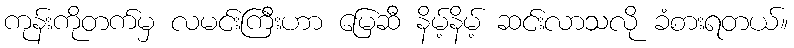
ကုန်းကိုတက်မှ လမင်းကြီးဟာ မြေဆီ နိမ့်နိမ့် ဆင်းလာသလို ခံစားရတယ်။